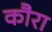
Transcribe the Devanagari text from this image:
कौरा